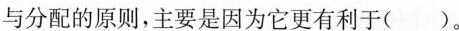
与分配的原则，主要是因为它更有利于( )。